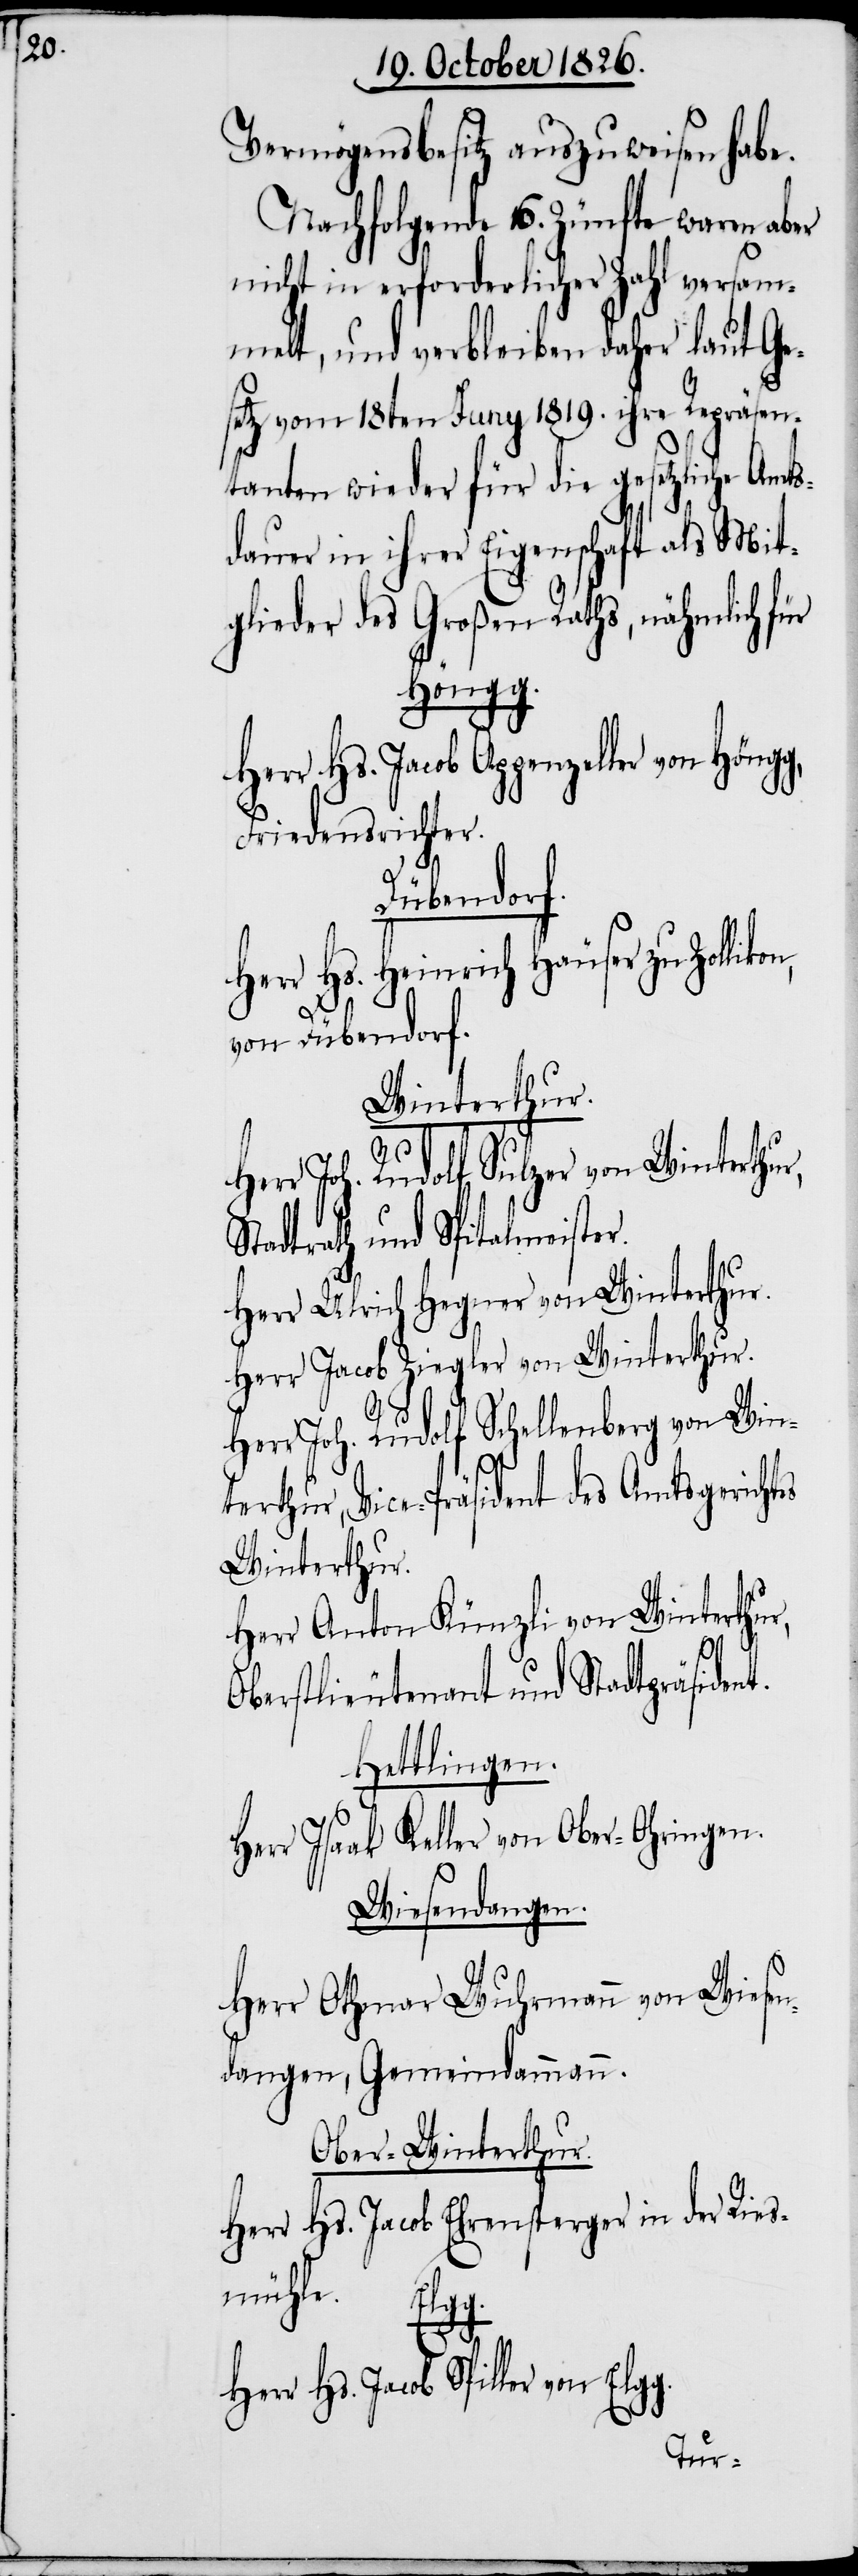
Vermögensbesitz auszuweisen habe.
Nachfolgende 16. Zünfte waren aber
nicht in erforderlicher Zahl versamme¬
lt, und verbleiben daher laut Ge¬
setz vom 18ten Juny 1819. ihre Repräsen¬
tanten wieder für die gesetzliche Amts¬
dauer in ihrer Eigenschaft als Mit¬
glieder des Großen Raths, nähmlich für
Elgg.
Herr Hs. Jacob Spiller von Elg¬
Friedensrichter.
likon,
Hs. Heinrich Häuser zu Zol¬
von Dübendorf.
Winterthur.
r Joh. Rudolf Sulzer von Winterthu¬
Stadtrath und Spitalmeiste¬
Herr Ulrich Hegner von Winterthur.
Herr Jacob Ziegler von Winterthur.
g.
Herr Joh. Rudolf Schellenberg von Win¬
terthur, Vice-Präsident des Amtsgerichtes
Winterthur.
Herr Anton Künzli von Winterthur,
Oberstlieutenant und Stadtpräsiden¬
Hettlingen.
Herr Isaak Keller von Ober-Ohringen.
Wiesendangen.
Herr Othmar Wuhrmann von Wiesen¬
dangen, Gemeindammann.
Ober-Winterthur.
Herr Hs. Jacob Ehrensperger in der Ries¬
mühle.
Her¬